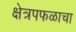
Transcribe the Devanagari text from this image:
क्षेत्रपफळाचा